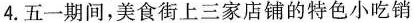
4.五一期间，美食街上三家店铺的特色小吃销